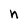
Character: n